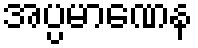
အပ္ပမာဏေန